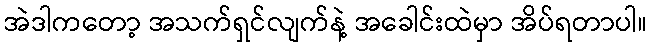
အဲဒါကတော့ အသက်ရှင်လျက်နဲ့ အခေါင်းထဲမှာ အိပ်ရတာပါ။